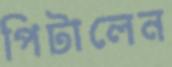
পিটালেন